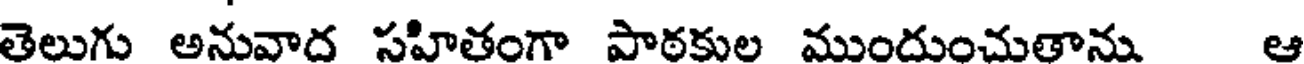
తెలుగు అనువాద సహితంగా పాఠకుల ముందుంచుతాను ఆ